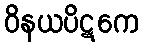
ဝိနယပိဋကေ